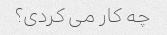
چه کار می کردی؟